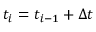
t _ { i } = t _ { i - 1 } + \Delta t